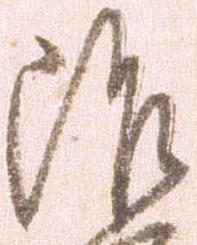
治